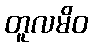
တူလမိဝ